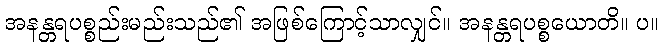
အနန္တရပစ္စည်းမည်းသည်၏ အဖြစ်ကြောင့်သာလျှင်။ အနန္တရပစ္စယောတိ။ ပ။